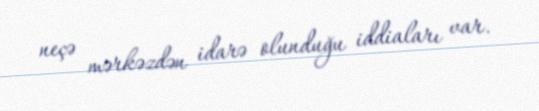
neçə mərkəzdən idarə olunduğu iddiaları var.